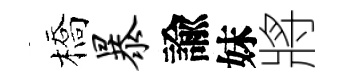
橋暴諭妹將